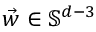
\vec { w } \in \mathbb { S } ^ { d - 3 }